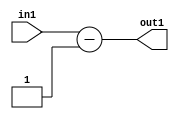
`timescale 1ps / 1ps
/*****************************************************************************
    Verilog RTL Description
    
    
    Created by: Stratus DpOpt 2019.1.01 
*******************************************************************************/

module st_feature_addr_gen_Sub_18S_22_4_2 (
	in1,
	out1
	); /* architecture "behavioural" */ 
input [16:0] in1;
output [17:0] out1;
wire [17:0] asc001;

assign asc001 = 
	+(in1)
	-(18'B000000000000000001);

assign out1 = asc001;
endmodule

/* CADENCE  ubH1Tg4= : u9/ySgnWtBlWxVPRXgAZ4Og= ** DO NOT EDIT THIS LINE ******/